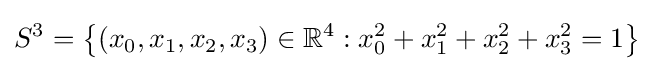
S^{3}=\left\{(x_{0},x_{1},x_{2},x_{3})\in \mathbb {R} ^{4}:x_{0}^{2}+x_{1}^{2}+x_{2}^{2}+x_{3}^{2}=1\right\}